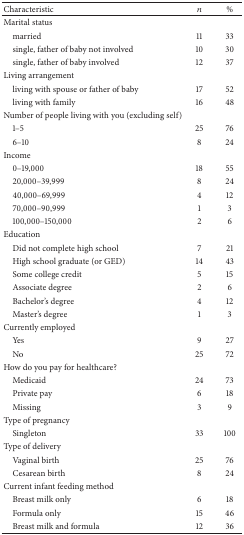
<table><thead><tr><td><b>Characteristic</b></td><td><b><i>n</i></b></td><td><b>%</b></td></tr></thead><tbody><tr><td>Marital status</td><td> </td><td> </td></tr><tr><td> married</td><td>11</td><td>33</td></tr><tr><td> single, father of baby not involved</td><td>10</td><td>30</td></tr><tr><td> single, father of baby involved</td><td>12</td><td>37</td></tr><tr><td>Living arrangement</td><td> </td><td> </td></tr><tr><td> living with spouse or father of baby</td><td>17</td><td>52</td></tr><tr><td> living with family</td><td>16</td><td>48</td></tr><tr><td>Number of people living with you (excluding self)</td><td> </td><td> </td></tr><tr><td> 1–5</td><td>25</td><td>76</td></tr><tr><td> 6–10</td><td>8</td><td>24</td></tr><tr><td>Income</td><td> </td><td> </td></tr><tr><td> 0–19,000</td><td>18</td><td>55</td></tr><tr><td> 20,000–39,999</td><td>8</td><td>24</td></tr><tr><td> 40,000–69,999</td><td>4</td><td>12</td></tr><tr><td> 70,000–90,999</td><td>1</td><td>3</td></tr><tr><td> 100,000–150,000</td><td>2</td><td>6</td></tr><tr><td>Education</td><td> </td><td> </td></tr><tr><td> Did not complete high school</td><td>7</td><td>21</td></tr><tr><td> High school graduate (or GED)</td><td>14</td><td>43</td></tr><tr><td> Some college credit</td><td>5</td><td>15</td></tr><tr><td> Associate degree</td><td>2</td><td>6</td></tr><tr><td> Bachelor&#x27;s degree</td><td>4</td><td>12</td></tr><tr><td> Master&#x27;s degree</td><td>1</td><td>3</td></tr><tr><td>Currently employed</td><td> </td><td> </td></tr><tr><td> Yes</td><td>9</td><td>27</td></tr><tr><td> No</td><td>25</td><td>72</td></tr><tr><td>How do you pay for healthcare?</td><td> </td><td> </td></tr><tr><td> Medicaid</td><td>24</td><td>73</td></tr><tr><td> Private pay</td><td>6</td><td>18</td></tr><tr><td> Missing</td><td>3</td><td>9</td></tr><tr><td>Type of pregnancy</td><td> </td><td> </td></tr><tr><td> Singleton</td><td>33</td><td>100</td></tr><tr><td>Type of delivery</td><td> </td><td> </td></tr><tr><td> Vaginal birth</td><td>25</td><td>76</td></tr><tr><td> Cesarean birth</td><td>8</td><td>24</td></tr><tr><td>Current infant feeding method</td><td> </td><td> </td></tr><tr><td> Breast milk only</td><td>6</td><td>18</td></tr><tr><td> Formula only</td><td>15</td><td>46</td></tr><tr><td> Breast milk and formula</td><td>12</td><td>36</td></tr></tbody></table>